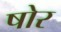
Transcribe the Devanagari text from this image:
षोर